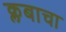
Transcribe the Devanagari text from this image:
क्लबाचा